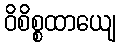
ဝိစိစ္စထာယျေ